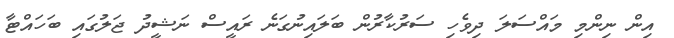
އިން ނިންމި މައްސަލަ ދިވެހި ސަރުކާރުން ބަލައިނުގަނެ ރައީސް ނަޝީދު ޖަލުގައި ބަހައްޓާ